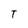
Character: T